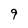
Character: 9